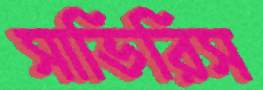
সাভিরিস